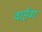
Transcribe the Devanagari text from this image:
वाईवर